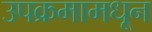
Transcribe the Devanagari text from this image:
उपक्रमामधून